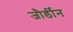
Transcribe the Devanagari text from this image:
जौर्डीन